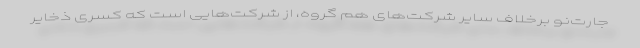
جارت‌نو برخلاف سایر شرکت‌های هم گروه، از شرکت‌هایی است که کسری ذخایر